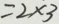
= 2 \times 3